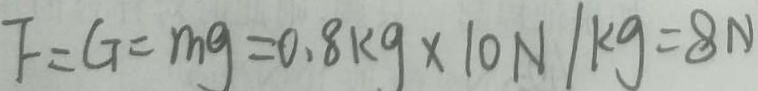
F = G = m g = 0 . 8 k g \times 1 0 N / k g = 8 N